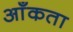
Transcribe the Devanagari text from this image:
आँकता